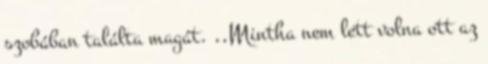
szobában találta magát. ,,Mintha nem lett volna ott az